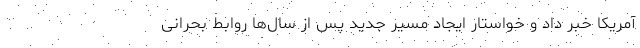
آمریکا خبر داد و خواستار ایجاد مسیر جدید پس از سال‌ها روابط بحرانی